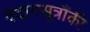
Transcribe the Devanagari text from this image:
वेदांगसूत्रौंकी